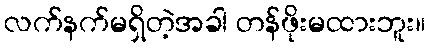
လက်နက်မရှိတဲ့အခါ တန်ဖိုးမထားဘူး။